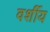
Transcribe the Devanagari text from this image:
वर्शीय